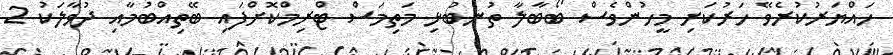
ހައްޔަރުކުރެވޭ ހަރުކަށި މީހުންވެސް ބޯބާލާ ތުނބުޅި މަތިމަސް ޓްރިމްކޮށްފައި ބޭތިއްބުމާއި ދުވާލަކު 2